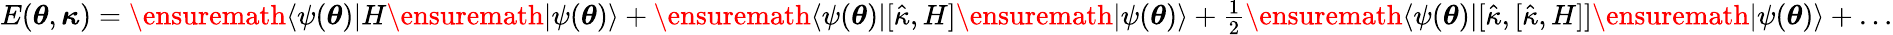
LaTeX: \begin{array}{r}{E({\boldsymbol{\theta}},{\boldsymbol{\kappa}})=\ensuremath{\langle{\psi({\boldsymbol{\theta}})}\rvert}H\ensuremath{\lvert{\psi({\boldsymbol{\theta}})}\rangle}+\ensuremath{\langle{\psi({\boldsymbol{\theta}})}\rvert}[\hat{\kappa},H]\ensuremath{\lvert{\psi({\boldsymbol{\theta}})}\rangle}+\frac{1}{2}\ensuremath{\langle{\psi({\boldsymbol{\theta}})}\rvert}[\hat{\kappa},[\hat{\kappa},H]]\ensuremath{\lvert{\psi({\boldsymbol{\theta}})}\rangle}+\dots}\end{array}